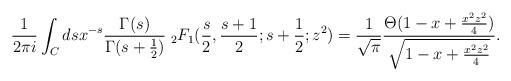
LaTeX: \begin{align*}\frac{1}{2\pi i}\int_C dsx^{-s}\frac{\Gamma(s)}{\Gamma(s+\frac{1}{2})}\;{}_2F_1(\frac{s}{2},\frac{s+1}{2};s+\frac{1}{2};z^2)=\frac{1}{\sqrt{\pi}}\frac{\Theta(1-x+\frac{x^2z^2}{4})} {\sqrt{1-x+\frac{x^2z^2}{4}}}.\end{align*}